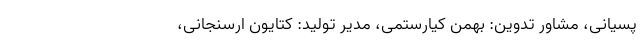
پسیانی، مشاور تدوین: بهمن کیارستمی، مدیر تولید: کتایون ارسنجانی،